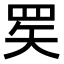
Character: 𬙜